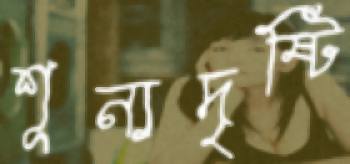
শূন্যদৃষ্টি